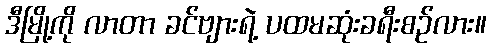
ဒီမြို့ကို လာတာ ခင်ဗျားရဲ့ ပထမဆုံးခရီးစဉ်လား။